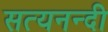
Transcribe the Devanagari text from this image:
सत्यनन्दी